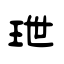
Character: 玴